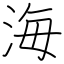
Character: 海